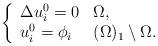
LaTeX: \begin{align*} \left \{ \begin{array}{llll} \Delta u_{i}^{0} = 0 & \Omega,\\ u_{i}^{0} =\phi_{i} & (\Omega)_1\setminus\Omega. \end{array} \right. \end{align*}